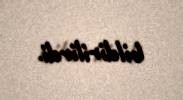
bildirilirdi.